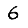
Digit: 6